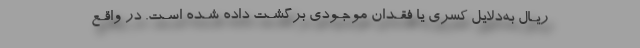
ریـال به‌دلایل کسری یا فقـدان موجـودی برگشـت داده شـده اسـت. در واقـع